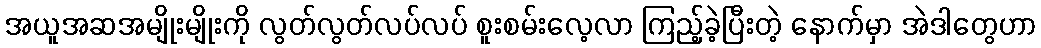
အယူအဆအမျိုးမျိုးကို လွတ်လွတ်လပ်လပ် စူးစမ်းလေ့လာ ကြည့်ခဲ့ပြီးတဲ့ နောက်မှာ အဲဒါတွေဟာ